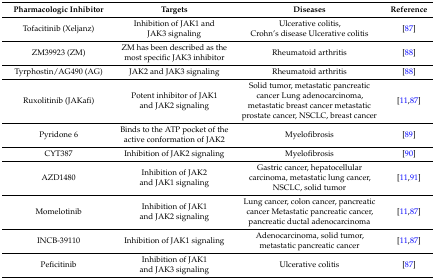
<table><thead><tr><td><b>Pharmacologic Inhibitor</b></td><td><b>Targets</b></td><td><b>Diseases</b></td><td><b>Reference</b></td></tr></thead><tbody><tr><td>Tofacitinib (Xeljanz)</td><td>Inhibition of JAK1 and JAK3 signaling</td><td>Ulcerative colitis, Crohn’s disease Ulcerative colitis</td><td>[87]</td></tr><tr><td>ZM39923 (ZM)</td><td>ZM has been described as the most specific JAK3 inhibitor</td><td>Rheumatoid arthritis</td><td>[88]</td></tr><tr><td>Tyrphostin/AG490 (AG)</td><td>JAK2 and JAK3 signaling</td><td>Rheumatoid arthritis</td><td>[88]</td></tr><tr><td>Ruxolitinib (JAKafi)</td><td>Potent inhibitor of JAK1 and JAK2 signaling</td><td>Solid tumor, metastatic pancreatic cancer Lung adenocarcinoma, metastatic breast cancer metastatic prostate cancer, NSCLC, breast cancer</td><td>[11,87]</td></tr><tr><td>Pyridone 6</td><td>Binds to the ATP pocket of the active conformation of JAK2</td><td>Myelofibrosis</td><td>[89]</td></tr><tr><td>CYT387</td><td>Inhibition of JAK2 signaling</td><td>Myelofibrosis</td><td>[90]</td></tr><tr><td>AZD1480</td><td>Inhibition of JAK2 and JAK1 signaling</td><td>Gastric cancer, hepatocellular carcinoma, metastatic lung cancer, NSCLC, solid tumor</td><td>[11,91]</td></tr><tr><td>Momelotinib</td><td>Inhibition of JAK1 and JAK2 signaling</td><td>Lung cancer, colon cancer, pancreatic cancer Metastatic pancreatic cancer, pancreatic ductal adenocarcinoma</td><td>[11,87]</td></tr><tr><td>INCB-39110</td><td>Inhibition of JAK1 signaling</td><td>Adenocarcinoma, solid tumor, metastatic pancreatic cancer</td><td>[11,87]</td></tr><tr><td>Peficitinib</td><td>Inhibition of JAK1 and JAK3 signaling</td><td>Ulcerative colitis</td><td>[87]</td></tr></tbody></table>